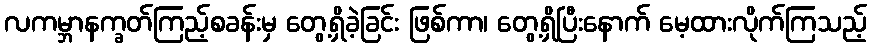
လကမ္ဘာနက္ခတ်ကြည့်စခန်းမှ တွေ့ရှိခဲ့ခြင်း ဖြစ်ကာ၊ တွေ့ရှိပြီးနောက် မေ့ထားလိုက်ကြသည့်